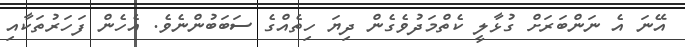
އޭނަ އެ ނަންބަރަށް ގުޅާލީ ކެތްމަދުވެގެން ދިޔަ ހިތެއްގެ ސަބަބުންނެވެ. އެހެން ފަހަރުތަކާއި